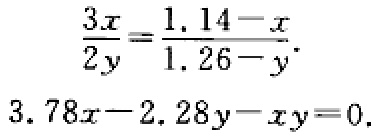
\[\frac{3x}{2y}=\frac{1.14 - x}{1.26 - y}.\]
\[3.78x - 2.28y-xy = 0.\]